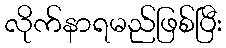
လိုက်နာရမည်ဖြစ်ပြီး